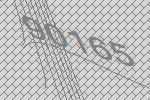
90165